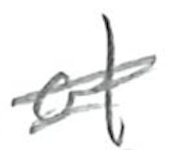
Text: of
Cross-out: double-line
Writing tool: pencil